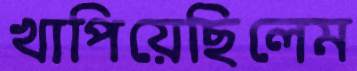
খাপিয়েছিলেম